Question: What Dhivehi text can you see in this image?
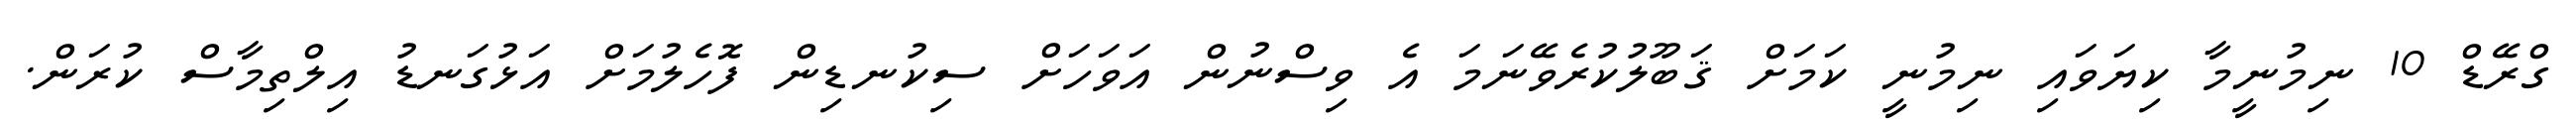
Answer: ގްރޭޑް 10 ނިމުނީމާ ކިޔަވައި ނިމުނީ ކަމަށް ޤަބޫލުކުރެވޭނަމަ އެ ވިސްނުން އަވަހަށް ސިކުނޑިން ފޮހެލުމަށް އަޅުގަނޑު އިލްތިމާސް ކުރަން.